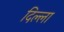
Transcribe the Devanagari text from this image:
दिल्ला